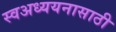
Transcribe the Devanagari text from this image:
स्वअध्ययनासाठी